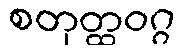
စတုတ္ထဝဂ္ဂ